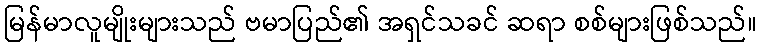
မြန်မာလူမျိုးများသည် ဗမာပြည်၏ အရှင်သခင် ဆရာ စစ်များဖြစ်သည်။